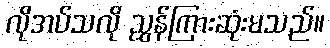
လိုအပ်သလို ညွှန်ကြားဆုံးမသည်။